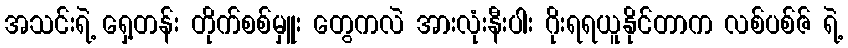
အသင်းရဲ့ ရှေ့တန်း တိုက်စစ်မှူး တွေကလဲ အားလုံးနီးပါး ဂိုးရရယူနိုင်တာက လစ်ပစ်ဇ် ရဲ့